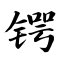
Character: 锷